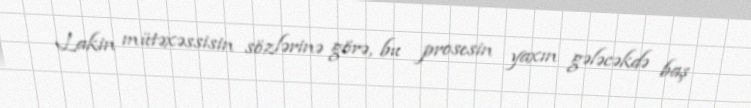
Lakin mütəxəssisin sözlərinə görə, bu prosesin yaxın gələcəkdə baş